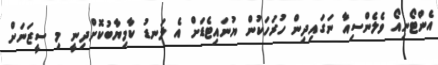
އެންޓޯނިއޯ ވެލެންސިއާ ނަގައިދިން ހުރަހަކުން ޔުނައިޓެޑަށް އެ ލަނޑު ކާމިޔާބުކޮށްދިނީ މި ސީޒަނަށް